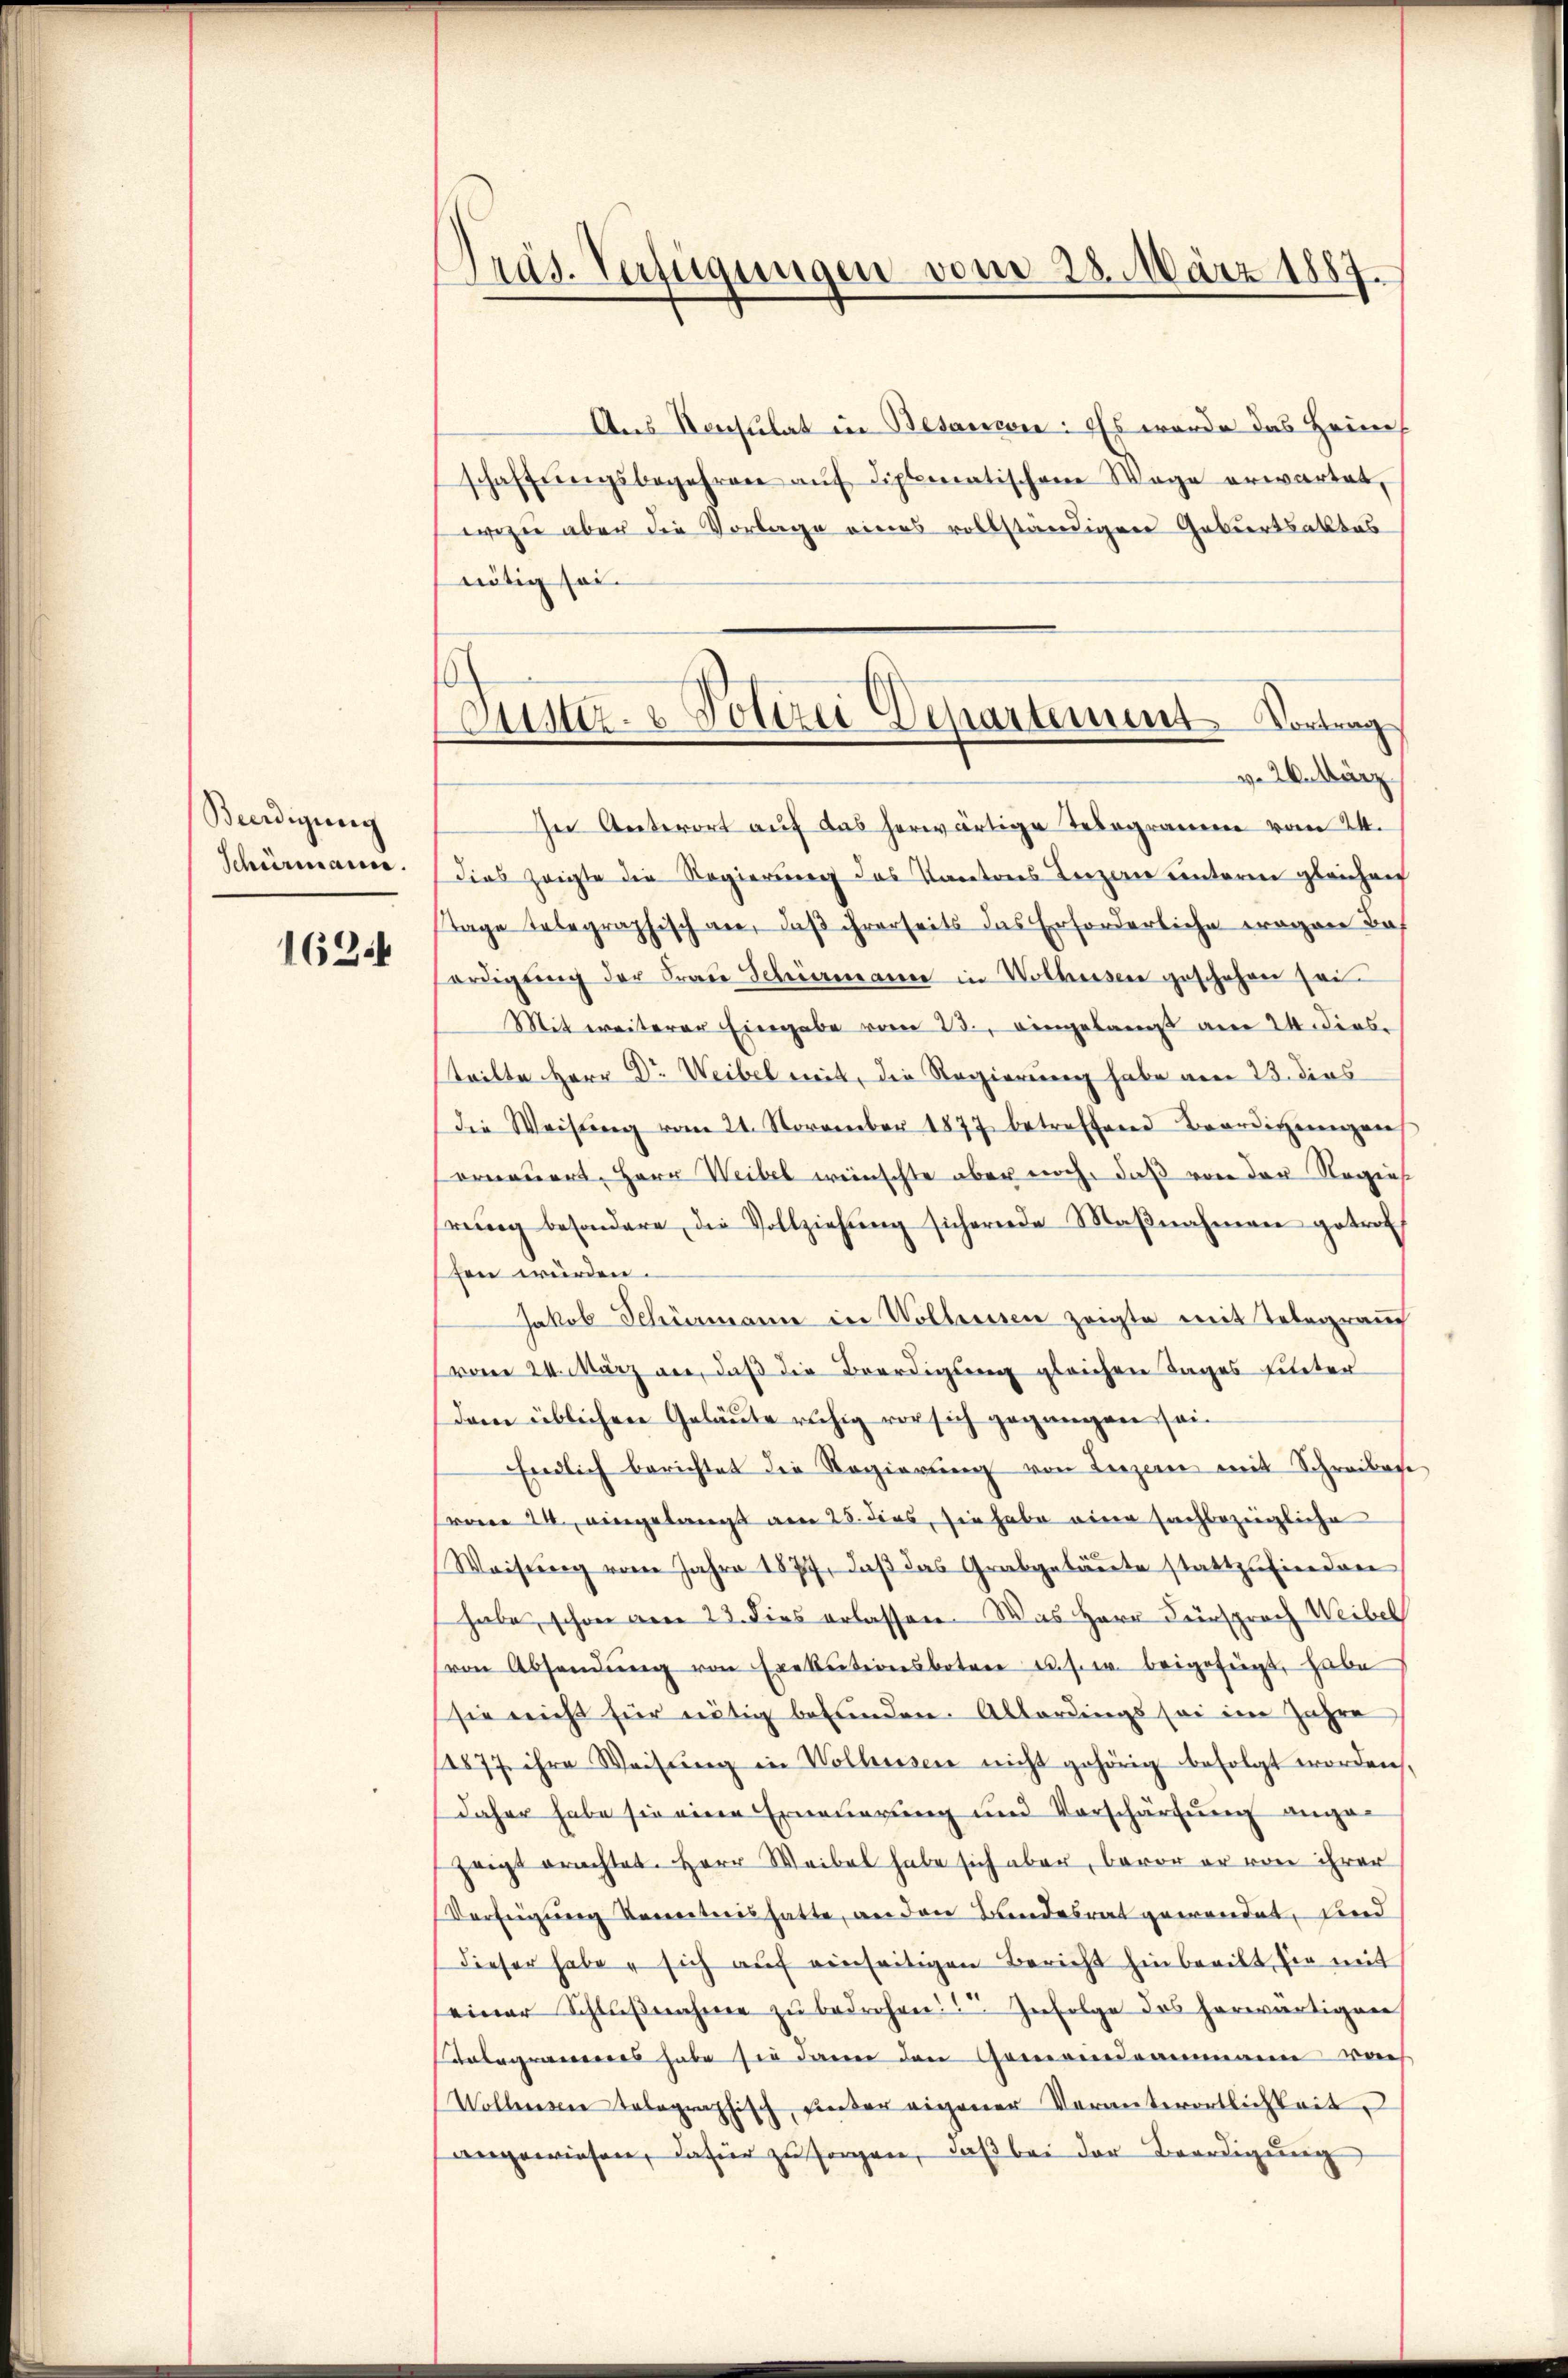
Beerdigung
Schürmann.
162.

Präs. Verfügungen vom 28. März 1887.

s
Justiz- & Polizei Departement Vortrag
v. 2. März

Aus Konsulat in Besanien: Es wurde das Heim
schaffŭngsbegehren aŭf diplomatischen Wege erwartet,
wozu aber die Vorlage eines vollständigen Geburtsaktes
nötig sei.
In Unterort auf das herwärtige Telegramm vom 24.
Dies zeigte die Regierung des Kantons Terzern einterm gleichen
Tage telegraphisch an, daß ihrerseits das Erforderliche wegen da
erdigŭng der Frau Schiermann in Wolhusen geschehen sei
Mit weiterer Eingabe vom 23., eingelangt am 24 diese
steilte Herr Dr. Weibel mit, die Regierung habe am 23. dies
die Weisŭng vom 21. November 1877 betreffend Beerdigŭngens
erneuert, Herr Weibel wünschte aber noch, daß von der Regie
rŭng besondere die Vollziehŭng sichernde Maβnahmen getrot
fen würden.
Jakob Schömann in Wolliessen zeigte mit Telegrau
vom 24. März an, daß die Beerdigung gleichen Tages hinter
(dem üblichen Geläute ruhig vor sich gegangen sei¬
Endlich berichtet die Regierung von Luzern mit Schreiben
woren 24. eingelangt am 28. dies, sie habe eine sachbezügliche
Weisung vom Jahre 1877, daβ das Grabgeläŭte stattzufiendon
habe, schon am 23. dies erlassen. Was Herr Fürsprach Weiber
von Absendŭng von Exekutionsboten aus. w. beigefügt, habe
sie nicht für nötig befunden. Allerdings sei im Jahre
11877 ihre Weisŭng in Wolhusen nicht gehörig befolgt worden,
daher habe sie eine Erneuerung und Vorschärfung angezeigt erachtet. Herr Weibel habe sich aber, bevor er von ihrer
Verfügung beneitnis hatte, an den Bundesrat gewendet, und
dieser habe sich aŭf einseitigen Bericht hinbreibt, sie mit
seiner Schlŭβnahme zu bedrohen Zufolge des herwärtigen
Anbegrauens habe sie dann den Gemeindeammann von
Wollensein telegraphisch unter eigener Verantwortlichkeit
angewiesen, dafür zu sorgen, daß bei der Beerdigung